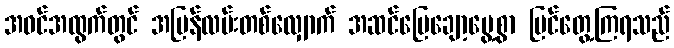
အဝင်အထွက်တွင် အမြန်လမ်းတစ်လျှောက် အဆင်ပြေချော့မွေ့စွာ မြင်တွေ့ကြရသည်